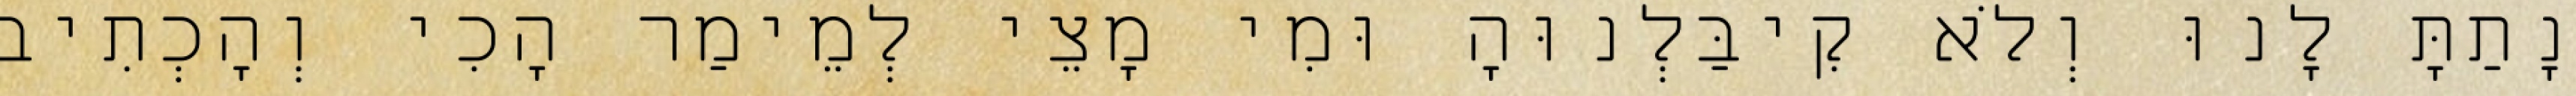
נָתַתָּ לָנוּ וְלֹא קִיבַּלְנוּהָ וּמִי מָצֵי לְמֵימַר הָכִי וְהָכְתִיב